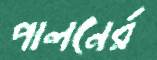
পালনের্র